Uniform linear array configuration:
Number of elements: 48
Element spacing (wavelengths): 1
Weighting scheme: hann
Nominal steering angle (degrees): -60
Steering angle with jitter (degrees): -61.957
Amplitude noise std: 0.05
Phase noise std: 0.05

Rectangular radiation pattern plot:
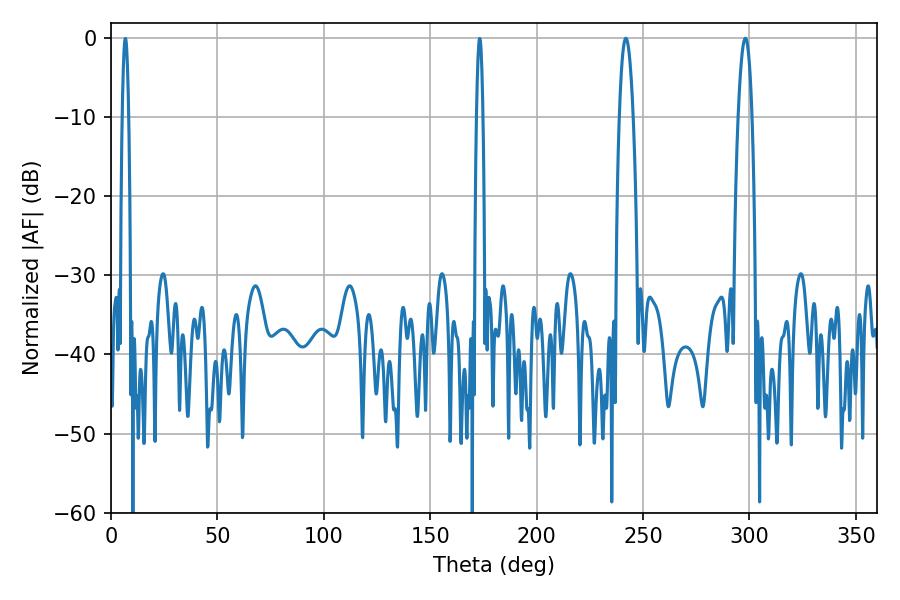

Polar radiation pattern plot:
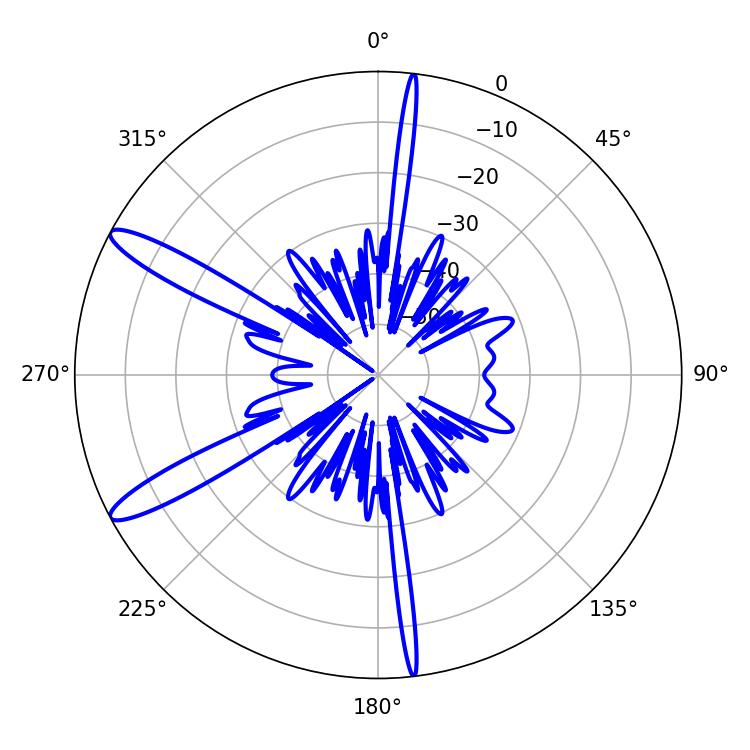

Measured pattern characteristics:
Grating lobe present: TRUE
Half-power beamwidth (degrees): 3.6
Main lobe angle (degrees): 241.92